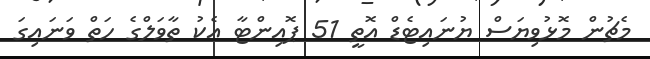
މެޗުން މޮޅުވިޔަސް ޔުނައިޓެޑް އޮތީ 51 ޕޮއިންޓާ އެކު ތާވަލްގެ ހަތް ވަނައިގަ